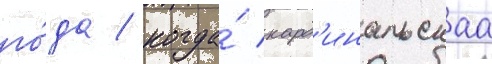
го́да / когда́ кард'инальскаа